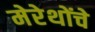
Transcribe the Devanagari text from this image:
मेरेथोंचे